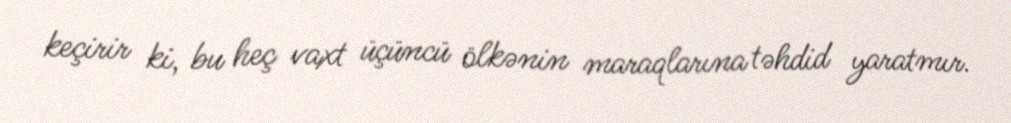
keçirir ki, bu heç vaxt üçüncü ölkənin maraqlarına təhdid yaratmır.